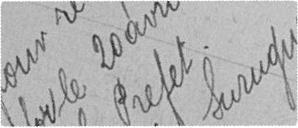
Vu pour récépissé, Belfort le 20 avril 1911. Le Préfet, signé : Surugue